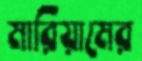
মারিয়ামের